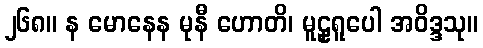
၂၆၈။ န မောနေန မုနီ ဟောတိ၊ မူဠှရူပေါ အဝိဒ္ဒသု။